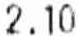
2.10